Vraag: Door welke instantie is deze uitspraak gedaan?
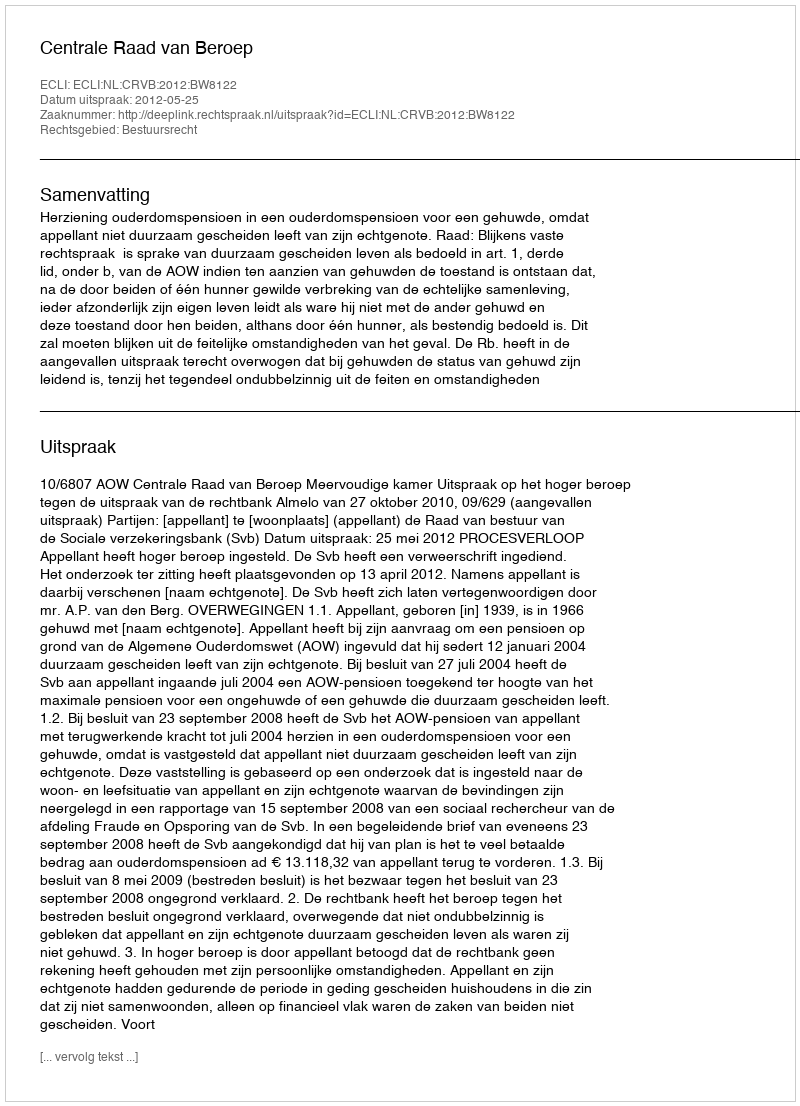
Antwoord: Centrale Raad van Beroep